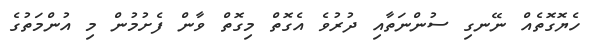
ހެޔޮގޮތެއް ނޭނގި ސުންނަތާއި ދުރުވެ އެގޮތް މިގޮތް ވާން ފެށުމުން މި އުންމަތުގެ